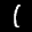
Label: 1